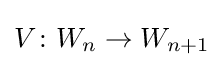
V\colon W_{n}\to W_{n+1}